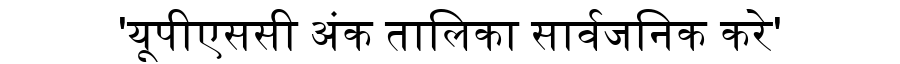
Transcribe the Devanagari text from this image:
'यूपीएससी अंक तालिका सार्वजनिक करे'